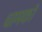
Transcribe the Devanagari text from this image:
धामको